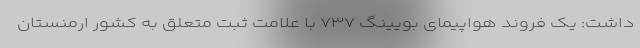
داشت: یک فروند هواپیمای بویینگ ۷۳۷ با علامت ثبت متعلق به کشور ارمنستان